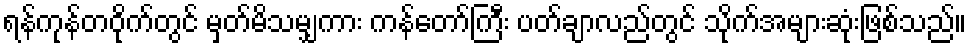
ရန်ကုန်တဝိုက်တွင် မှတ်မိသမျှကား ကန်တော်ကြီး ပတ်ချာလည်တွင် သိုက်အများဆုံးဖြစ်သည်။